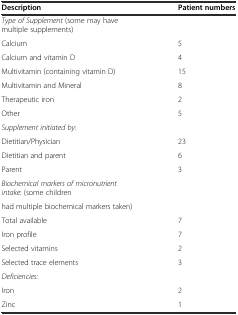
<table><thead><tr><td><b>Description</b></td><td><b>Patient numbers</b></td></tr></thead><tbody><tr><td><i>Type of Supplement</i> (some may have multiple supplements)</td><td></td></tr><tr><td>Calcium</td><td>5</td></tr><tr><td>Calcium and vitamin D</td><td>4</td></tr><tr><td>Multivitamin (containing vitamin D)</td><td>15</td></tr><tr><td>Multivitamin and Mineral</td><td>8</td></tr><tr><td>Therapeutic iron</td><td>2</td></tr><tr><td>Other</td><td>5</td></tr><tr><td><i>Supplement initiated by</i>:</td><td></td></tr><tr><td>Dietitian/Physician</td><td>23</td></tr><tr><td>Dietitian and parent</td><td>6</td></tr><tr><td>Parent</td><td>3</td></tr><tr><td><i>Biochemical markers of micronutrient intake</i>: (some children</td><td></td></tr><tr><td>had multiple biochemical markers taken)</td><td></td></tr><tr><td>Total available</td><td>7</td></tr><tr><td>Iron profile</td><td>7</td></tr><tr><td>Selected vitamins</td><td>2</td></tr><tr><td>Selected trace elements</td><td>3</td></tr><tr><td><i>Deficiencies:</i></td><td></td></tr><tr><td>Iron</td><td>2</td></tr><tr><td>Zinc</td><td>1</td></tr></tbody></table>